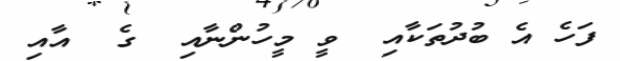
ފަހެ އެ ބުދުތަކާއި  ވީ މީހުންނާއި  ގެ  އާއި